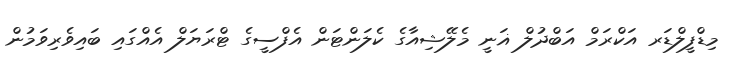
މިޑްފީލްޑަރ އަކްރަމް އަބްދުލް ޣަނީ މެލޭޝިއާގެ ކެލަންޓަން އެފްސީގެ ޓްރަޔަލް އެއްގައި ބައިވެރިވަމުން